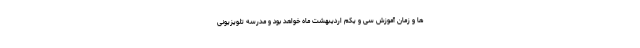
ها و زمان آموزش سی و یکم اردیبهشت ماه خواهد بود و مدرسه تلویزیونی